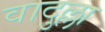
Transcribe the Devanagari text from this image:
वादुल्ला